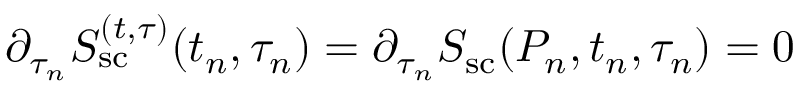
{ \partial _ { \tau _ { n } } S _ { \mathrm { s c } } ^ { ( t , \tau ) } ( t _ { n } , \tau _ { n } ) } = \partial _ { \tau _ { n } } S _ { \mathrm { s c } } ( P _ { n } , t _ { n } , \tau _ { n } ) = 0